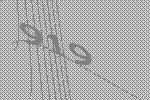
919